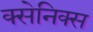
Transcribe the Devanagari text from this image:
क्सेनिक्स